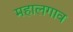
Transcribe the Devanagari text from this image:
महालगाव